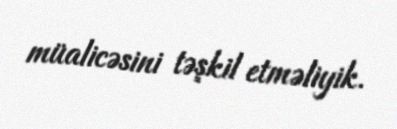
müalicəsini təşkil etməliyik.